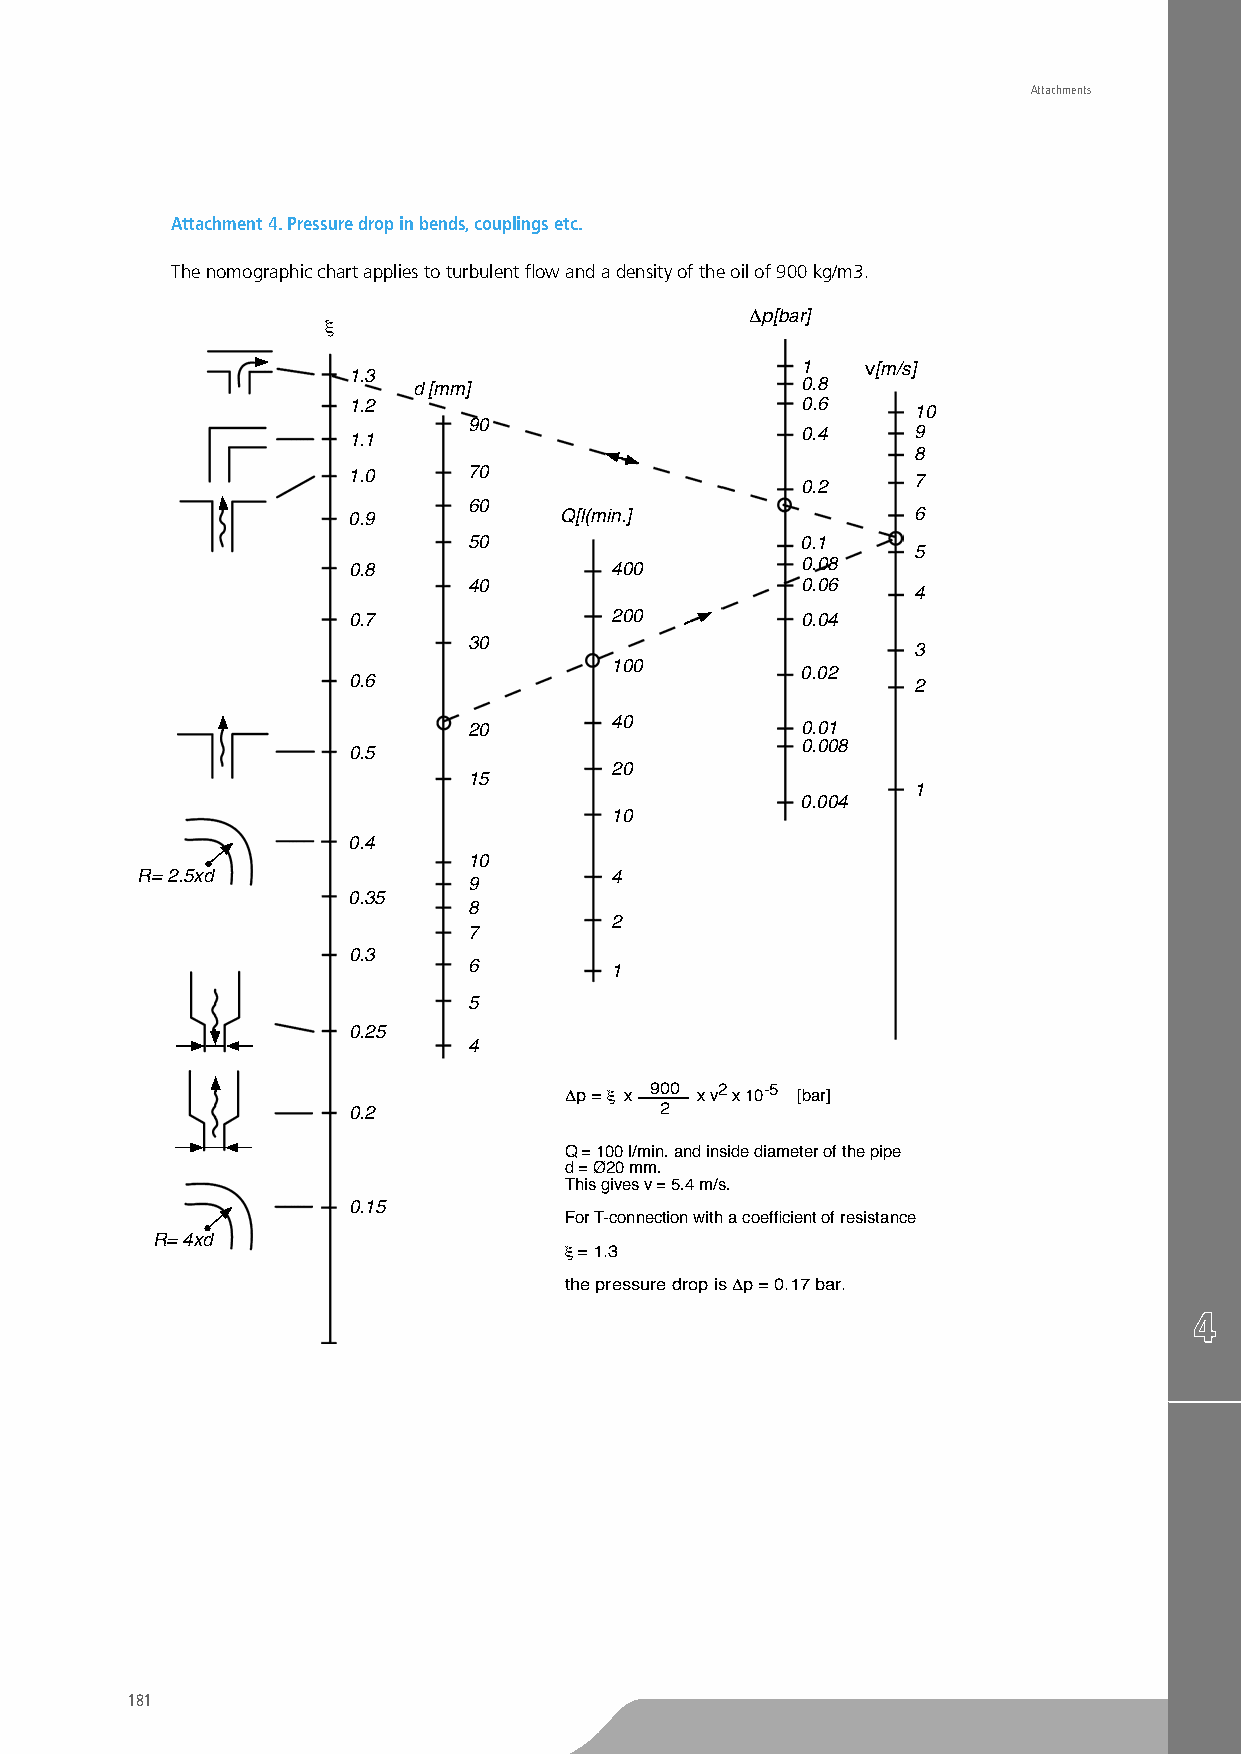
Attachments
 Attachment 4. Pressure drop in bends, couplings etc.
 The nomographic chart applies to turbulent flow and a density of the oil of 900 kg/m3.
 ∆p[bar]
 ξ
 1.3
 1   v[m/s]
 d [mm]                    0.8
 1.2                           0.6     10
 90
 0.4     9
 1.1
 8
 1.0     70                            7
 0.2
 60
 0.9           Q[l(min.]               6
 50                    0.1
 5
 0.8              400          0.08
 40                    0.06
 4
 0.7              200          0.04
 30
 3
 100
 0.02
 0.6                                   2
 20       40           0.01
 0.008
 0.5
 20
 15
 1
 0.004
 10
 0.4
 10
 R= 2.5xd                       4
 9
 0.35
 8
 2
 7
 0.3
 6        1
 5
 0.25
 4
 ∆p = ξ x 9 0 0 x v2 x 10-5 [bar]
 0.2                  2
 Q = 100 l/min. and inside diameter of the pipe
 d = Ø20 mm.
 This gives v = 5.4 m/s.
 0.15
 For T-connection with a coefficient of resistance
 R= 4xd
 ξ = 1.3
 the pressure drop is ∆p = 0.17 bar.
 181
 TO
 BE
 CUTTED
 OFF